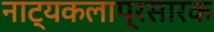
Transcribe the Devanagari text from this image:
नाट्यकलाप्रसारक